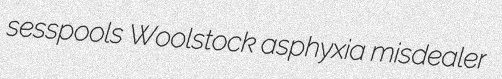
sesspools Woolstock asphyxia misdealer